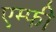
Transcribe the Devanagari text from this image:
एम्फी